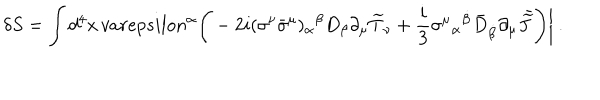
\delta S = \displaystyle \int d ^ { 4 } x \, v a r e p s i l o n ^ { \alpha } \displaystyle { \Biggl ( } - 2 i ( \sigma ^ { \nu } { \bar { \sigma } } ^ { \mu } ) _ { \alpha } { } ^ { \beta } D _ { \beta } \partial _ { \mu } { \widetilde T } _ { \nu } + \frac { i } { 3 } \sigma ^ { \mu } { } _ { \alpha } { } ^ { \dot { \beta } } { \bar { D } } _ { \dot { \beta } } \partial _ { \mu } { \kern . 3 5 e m \bar { \kern - . 3 5 e m { \widetilde J } } } \displaystyle { \Biggr ) } \displaystyle { \biggl \vert } \ .